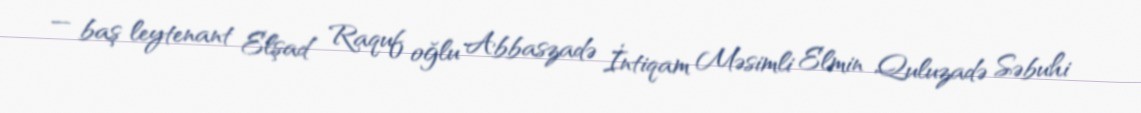
— baş leytenant Elşad Raquf oğlu Abbaszadə İntiqam Məsimli Elmin Quluzadə Səbuhi